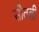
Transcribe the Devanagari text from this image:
सौतली